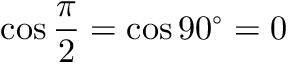
\cos { \frac { \pi } { 2 } } = \cos 9 0 ^ { \circ } = 0